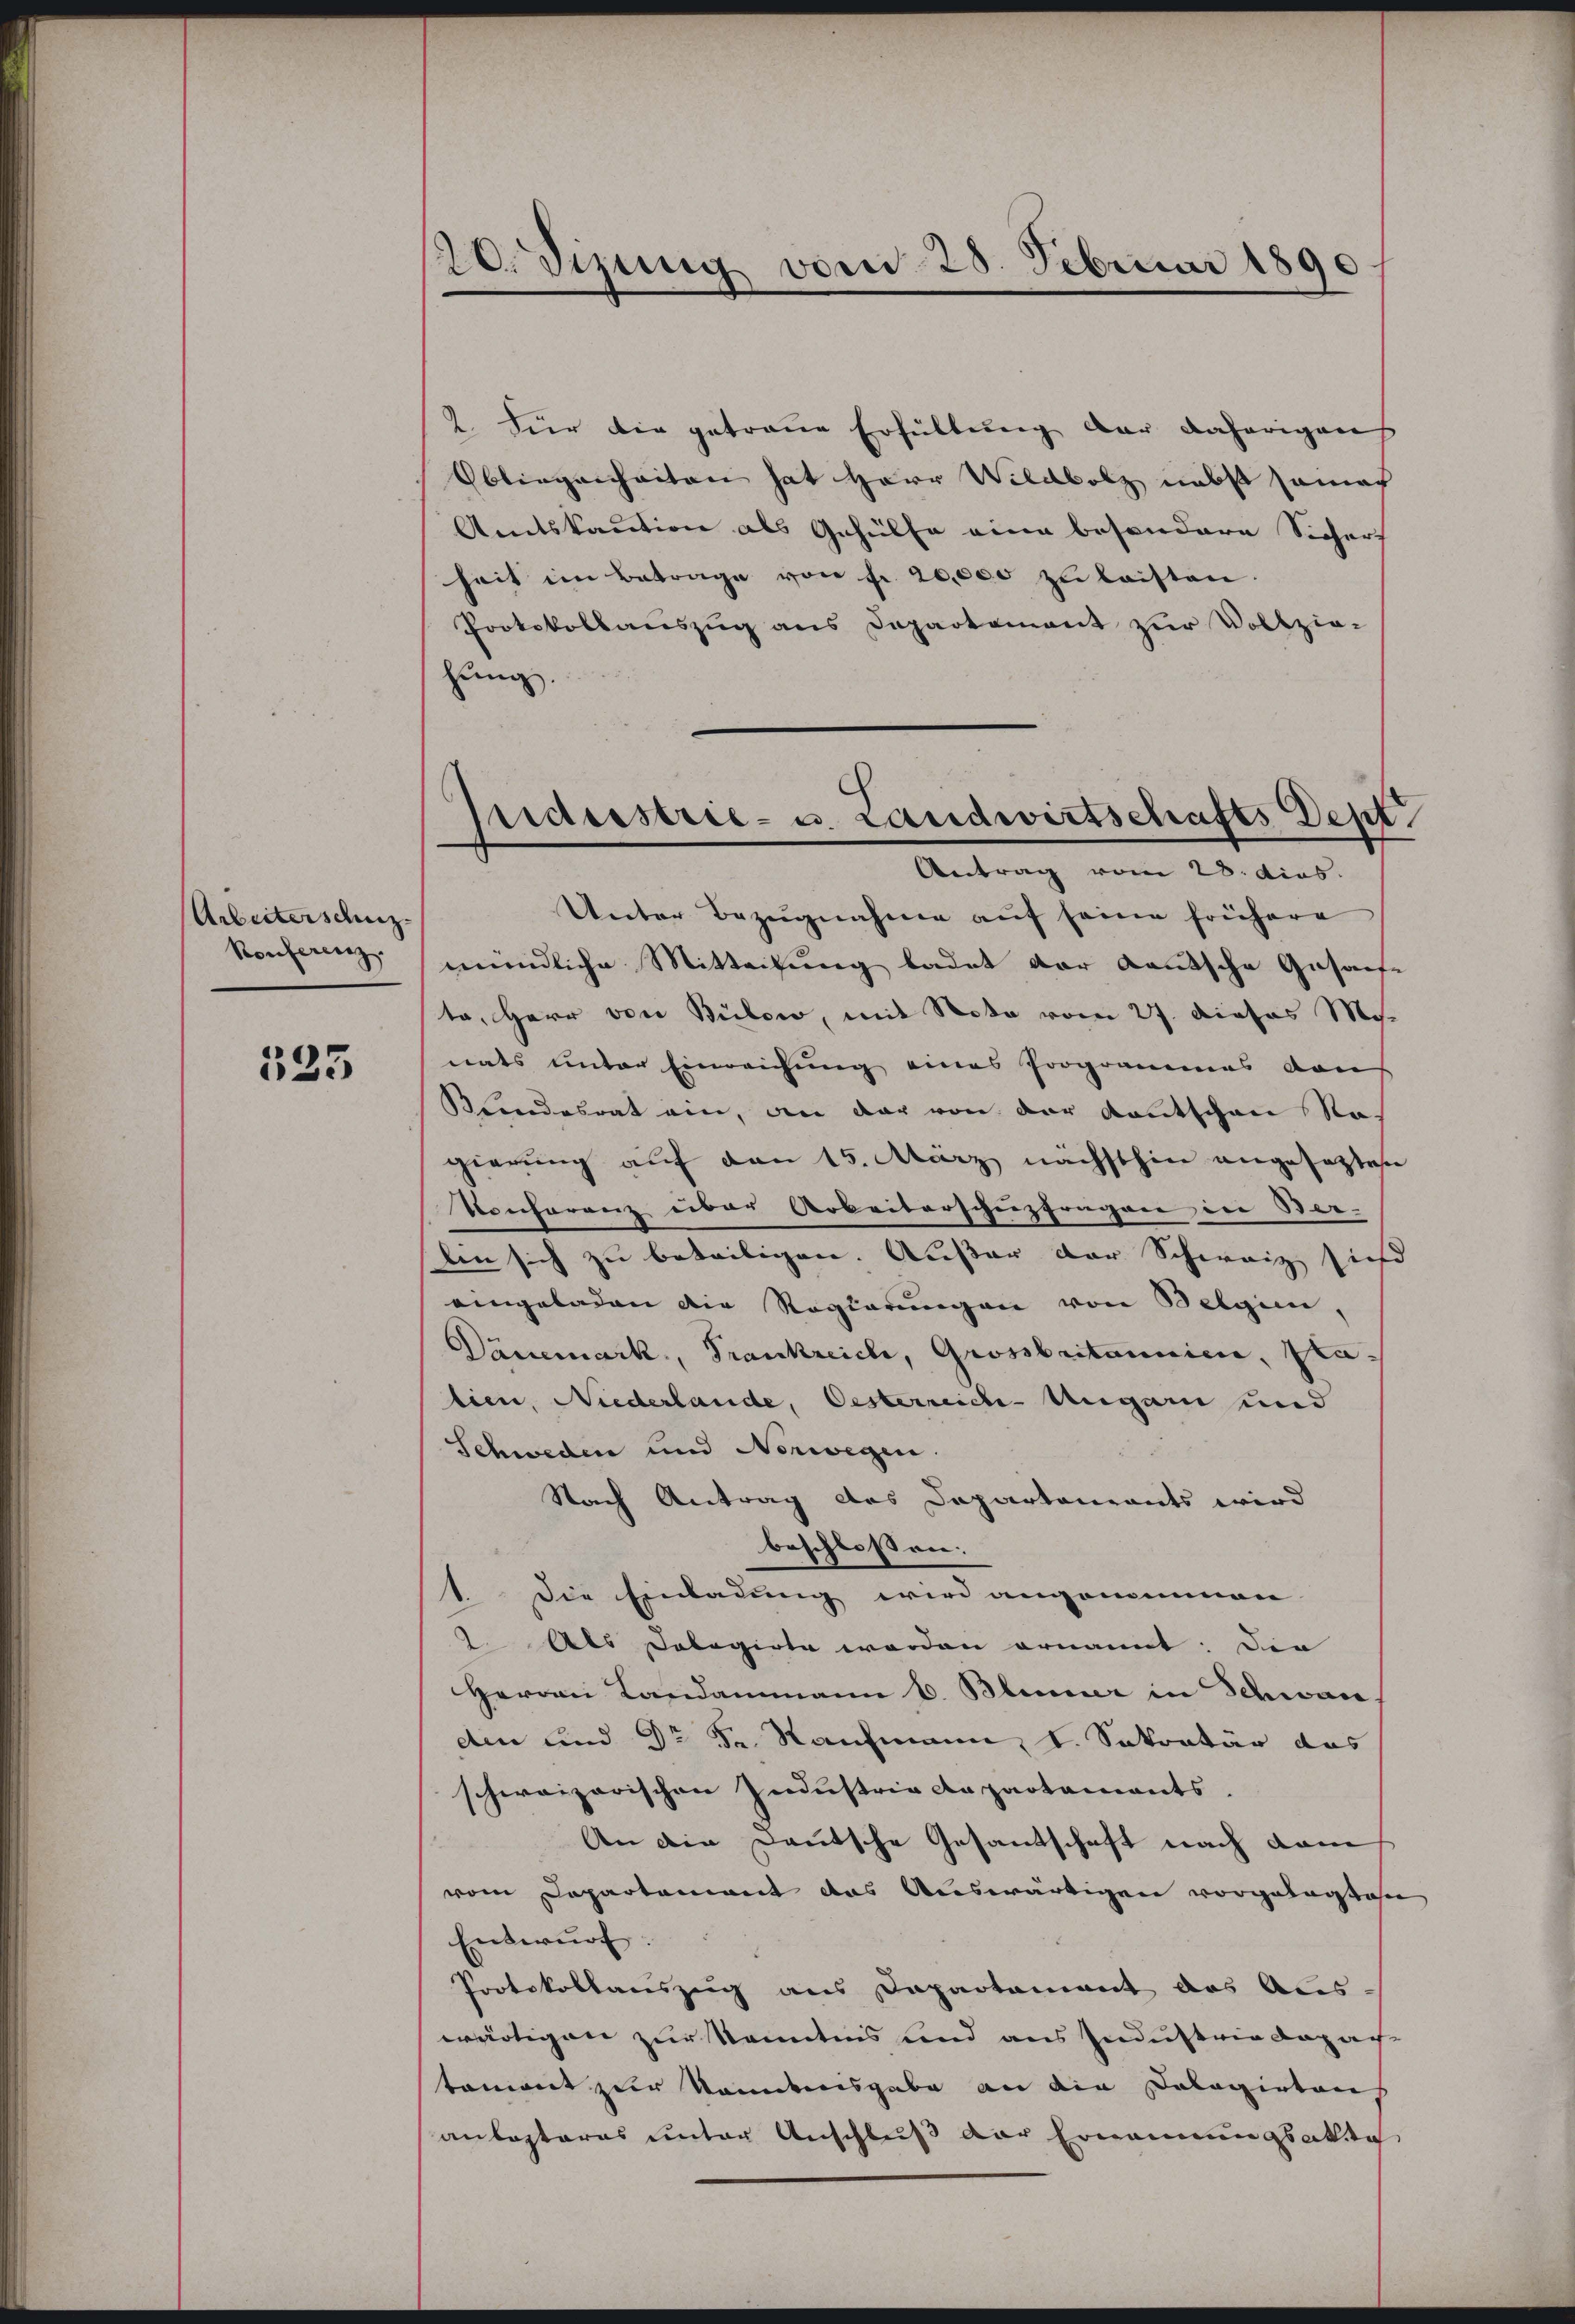
Arbeiterschuz.
Konferenz.

325

20. Jung vom 28. Februar 1891

2. Für die getraue Erfüllung der daherigen
Obliegenheiten hat Herr Wildbolz nebst seiner
Amtskaution als Gehülfe eine besondere Sicher
hait im Betrage von fr. 20,000 zŭ leisten.
Protokollauszug aus Departement zur Vollzie-
hung.

sideestrie- u. Landwirtschafts Dept
Antrag vom 28. dies.

Unter Bezugnahme aŭf seine frühere
mündliche Mitteilung ladet der Kautsche Gasanse
ta, Herr von Bülow, mit Note vom 27. dieses M.
nats unter Einreichung eines Programmes dans
Blondesrat ein, an dar von der Kantschen Ra
gierung auf den 15. März nächsthin angesetzten
Konferenz einer Arbeiterschuzfragen in Stei-
len sich zu beteiligen. Außer der Schweiz sie
eingeladen die Regierungen von Belgien,
Dänemark, Trankreich, Grossbritannien, Platien, Niederlande, Oesterreich-Ungari und
Schweden und Norwegen.
Nach Antrag des Departaneants wird
beschlossen:
1. Die Einladung wird angenommen
2. Als Dobogirte werden ernannt: Die
Herrn Landammann C. Blumer in Schwac
den und Dr Fr. Rahmann, s. Sekretär das
schweizerischen Industria de partaments.
An die Deutsche Gesandtschaft nach dam
vom Departement das Auswärtigen vorgelegten
Entwurf.
Protokollauszug aus Dapartament das Aus-
wärtigen zur Kenntnis und aus Industrie daraus
toment zur Kenntnisgabe an die Dolagirten
anlasteres unter Anschluß der Ernennungsakte